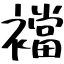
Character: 襠